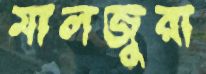
মালজুরা